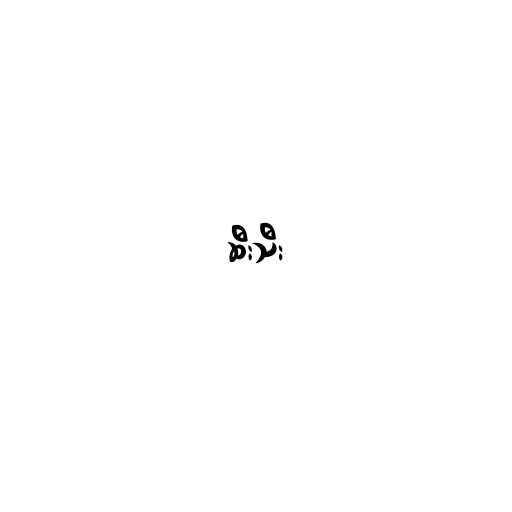
ဆီးသီး